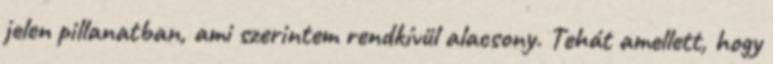
jelen pillanatban, ami szerintem rendkívül alacsony. Tehát amellett, hogy